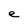
Character: e